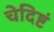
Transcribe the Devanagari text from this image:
चेदिष्टं